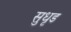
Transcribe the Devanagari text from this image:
सुधृड